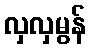
လှလှမွန်